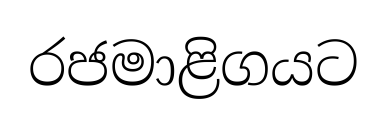
රජමාළිගයට